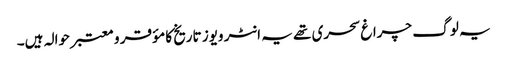
یہ لو گ چراغ سحری تھے یہ انٹر ویوز تاریخ کا مؤقر و معتبر حوالہ ہیں۔